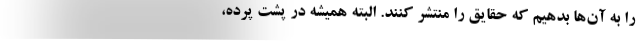
را به آن‌ها بدهیم که حقایق را منتشر کنند. البته همیشه در پشت پرده،